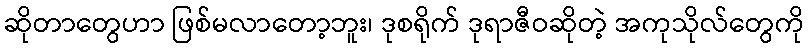
ဆိုတာတွေဟာ ဖြစ်မလာတော့ဘူး၊ ဒုစရိုက် ဒုရာဇီဝဆိုတဲ့ အကုသိုလ်တွေကို